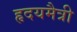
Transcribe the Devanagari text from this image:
हृदयमैत्री